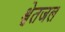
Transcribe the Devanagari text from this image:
श्वेतजल